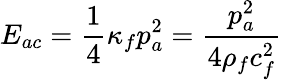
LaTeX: E_{ac}={\frac{1}{4}}\kappa_{f}p_{a}^{2}={\frac{p_{a}^{2}}{4\rho_{f}c_{f}^{2}}}